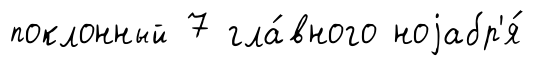
поклонный 7 гла́вного ноjабр'я́